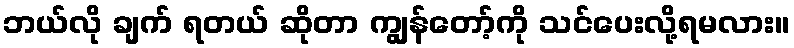
ဘယ်လို ချက် ရတယ် ဆိုတာ ကျွန်တော့်ကို သင်ပေးလို့ရမလား။